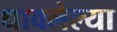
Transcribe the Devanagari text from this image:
धावलेल्या